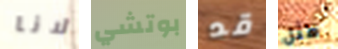
لانا بوتشي قد مثل